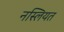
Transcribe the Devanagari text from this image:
नस्लियत